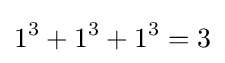
1^{3}+1^{3}+1^{3}=3